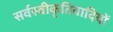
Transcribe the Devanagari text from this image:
सर्वस्वीकृतिवादियों